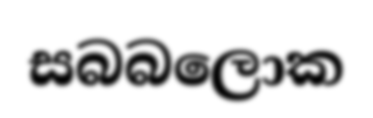
සබබලොක